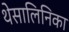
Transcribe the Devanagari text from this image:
थेसालिनिका